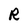
Character: R